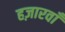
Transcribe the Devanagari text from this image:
हज़ारवाँ